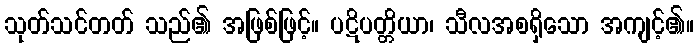
သုတ်သင်တတ် သည်၏ အဖြစ်ဖြင့်။ ပဋိပတ္တိယာ၊ သီလအစရှိသော အကျင့်၏။